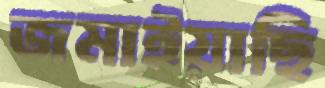
জমাইয়াছি